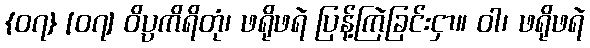
{၀၇} [၀၇] ဝိပ္ပကိရိတုံ၊ ဖရိုဖရဲ ပြန့်ကြဲခြင်းငှာ။ ဝါ၊ ဖရိုဖရဲ